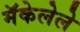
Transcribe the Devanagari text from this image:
मॅकेलेले